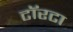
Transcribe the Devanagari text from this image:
टॉरटा